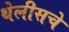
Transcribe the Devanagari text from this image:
थेलीसचे